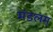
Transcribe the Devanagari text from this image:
मंडलम्‌